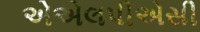
એએલપીએસી